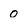
Character: o